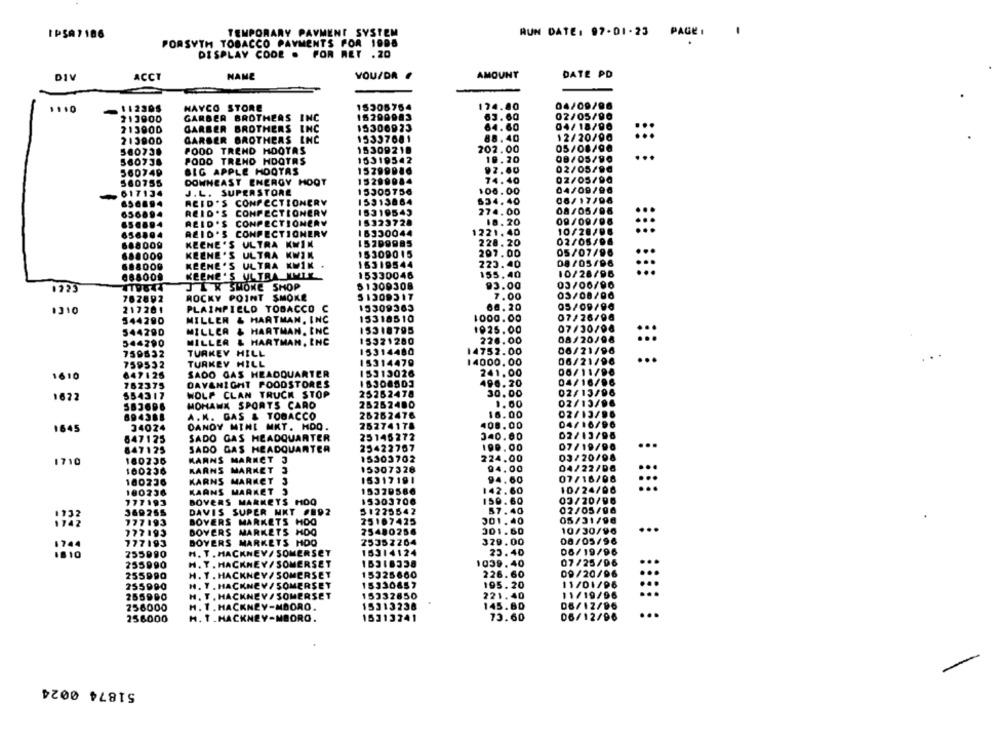
IPSA7186
TEMPORARY PAYMENT SYSTEM
RUN DATE: 97-01-23 PAGE :
FORSYTH TOBACCO PAYMENTS FOR 1908
DISPLAY CODE . FOR RET .20
YOU/DR .
AMOUNT
DATE PD
DIV
ACCT
NAME
1.10
112305
HAYCO STORE
15305754
174.80
04/09/98
213900
GARBER BROTHERS INC
16200983
63. 60
02/05/90
15300923
64.60
04/18/90
713900
GARBER BROTHERS INC
213900
GARBER BROTHERS INC
15337081
88. 40
12/20/90
:::
15309218
202.00
05/08/90
56073.
FOOD TREND HOOTAS
...
560738
PODO TREND HOOTAS
15319542
10.20
08/05/90
BIG APPLE HOOTAS
15799086
92.80
02/05/90
560749
74.40
02/05/90
DOWNEAST ENERGY HOOT
15299984
617134
J.L. SUPERSTORE
15305756
100.00
04/09/90
ACID'S CONFECTIONERY
634.40
06/17/06
65.894
15313864
656894
REID'S CONFECTIONERY
15319543
274.00
08/05/96
REID'S CONFECTIONERY
15323728
18. 20
09/09/06
1221.40
10/20/06
656,94
REID'S CONFECTIONERY
16330044
688009
KEENE'S ULTRA KWIN
15299985
228. 20
02/05/06
15309015
207.00
05/07/96
688009
KEENE'S ULTRA KWIK
...
688000
KEENE'S ULTRA KWIK
16319544
223.40
08/05/96
888009
15330046
155,40
10/28/96
KEENE 'S ULTRA NMIK
1223
J LX SHOWE SHOP
61309308
93.00
03/06/96
ROCKY POINT SMOKE
7.00
03/08/96
767892
1310
217201
PLAINPIELO TOBACCO C
15309363
68. 20
05/09/90
544290
MILLER & HARTMAN, INC
15318510
1000.00
07/26/96
544290
MILLEA & HARTMAN, INC
15318795
1925.00
07/30/08
544790
MILLER & HARTMAN, INC
15321280
220.00
08/20/98
:::
759632
TURKEY HILL
15314480
14752.00
06/21/96
759532
TURKEY HILL
15314479
14000.00
06/21/96
...
15313026
241.00
06/11/98
1610
647126
SADO GAS HEADQUARTER
767375
DAVANIGHT FOODSTORES
496.20
04/16/96
WOLF CLAN TRUCK STOP
25262478
30.00
02/13/96
1672
554317
583696
MOHANK SPORTS CARO
26262480
1.00
02/13/9
694368
A.K. GAS & TOBACCO
26262476
16.00
02/13/90
408.00
04/16/96
1645
34024
DANDY MINI MKT. HDO.
25274178
647175
SADO GAS HEADQUARTER
25145272
340.00
D2/13796
07/19/90
..
847125
SADO GAS HEADQUARTER
25422767
100.00
1710
160236
MARNS MARKET J
15303702
224.00
03/20/98
15307326
94.00
04/22/DO
100236
MARNS MARKET 3
100236
KARNS MARKET 3
16317191
94.60
07/16/96
15379580
142.60
10/24/06
100236
KAANS MARKET 3
777193
BOVERS MARKETS MOO
15303700
150.60
03/20/96
369265
DAVIS SUPER NKT #892
51275542
57.40
02/05/00
1732
25107425
301. 40
05/31/96
1742
777193
BOYERS MARKETS HOO
777193
DOYERS MARKETS HOO
25480254
301.60
10/30/96
...
777193
DOYERS MARKETS MOO
75357264
329.00
08/05/96
06/19/96
10
255990
H. T . HACKNEY / SOMERSET
15314124
23.40
255990
H. Y. HACKNEY / SOMERSET
16318338
1039.40
07/25/06
..
255990
H. T. HACKNEY/ SOMERSET
15325660
226.60
09/20/96
255990
H. Y . HACKNEY / SOMERSET
15330857
195. 20
11/01/96
15332850
11/19/96
255900
H. T . HACKNEY/ SOMERSET
221.40
256000
M. 1. HACKNEY-MAORO.
15313238
145.80
06/12/96
256000
H. T.HACKNEY-MBORO.
15313741
73.60
06/12/96
51874 0024